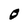
Character: 0